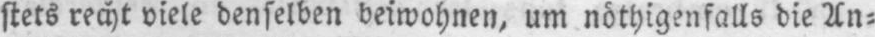
stets recht viele denselben beiwohnen, um nöthigenfalls die An⸗